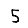
Digit: 5